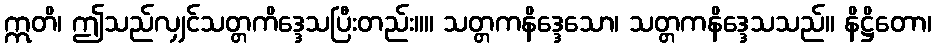
ဣတိ၊ ဤသည်လျှင်သတ္တကိဒ္ဒေသပြီးတည်း။။ သတ္တကနိဒ္ဒေသော၊ သတ္တကနိဒ္ဒေသသည်။ နိဋ္ဌိတော၊